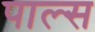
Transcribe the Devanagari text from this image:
पाल्स